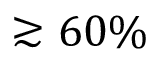
\gtrsim 6 0 \%